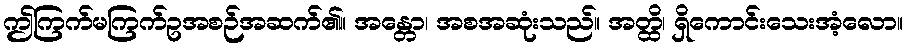
ဤကြက်မကြက်ဥအစဉ်အဆက်၏။ အန္တော၊ အစအဆုံးသည်။ အတ္ထိ၊ ရှိကောင်းသေးအံ့လော။